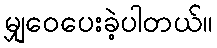
မျှဝေပေးခဲ့ပါတယ်။